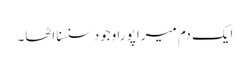
ایک دم میرا پورا وجود سنسنا اٹھا۔